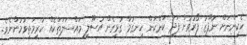
ހެކިންނަށް ނުފޫޒު ފޯރުވުން ފަދަ ކަންކަން ހިނގުމާ ގުޅިގެން އުސޫލީ މައްސަލަތަކެއް ކުރިމަތިވުމުންނެވެ.